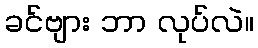
ခင်ဗျား ဘာ လုပ်လဲ။